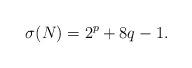
LaTeX: \begin{align*}\sigma(N)=2^p+8q-1.\end{align*}